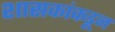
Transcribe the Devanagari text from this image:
शासकांकडून